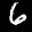
Label: 6